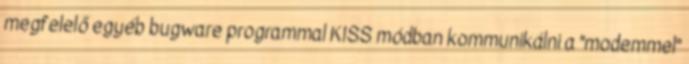
megfelelő egyéb bugware programmal KISS módban kommunikálni a "modemmel"